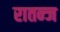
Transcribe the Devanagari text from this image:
रातन्ज